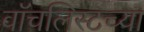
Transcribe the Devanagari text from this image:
वॉचलिस्टच्या